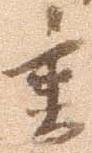
書